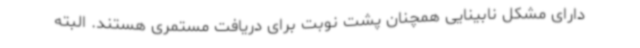
دارای مشکل نابینایی همچنان پشت نوبت برای دریافت مستمری هستند. البته